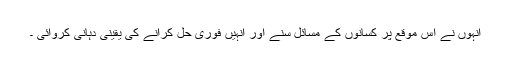
انہوں نے اس موقع پر کسانوں کے مسائل سنے اور انہیں فوری حل کرانے کی یقینی دہانی کروائی ۔